Report on vaccination in Madras 1922-1929 - 1922-1929
Year: 1922
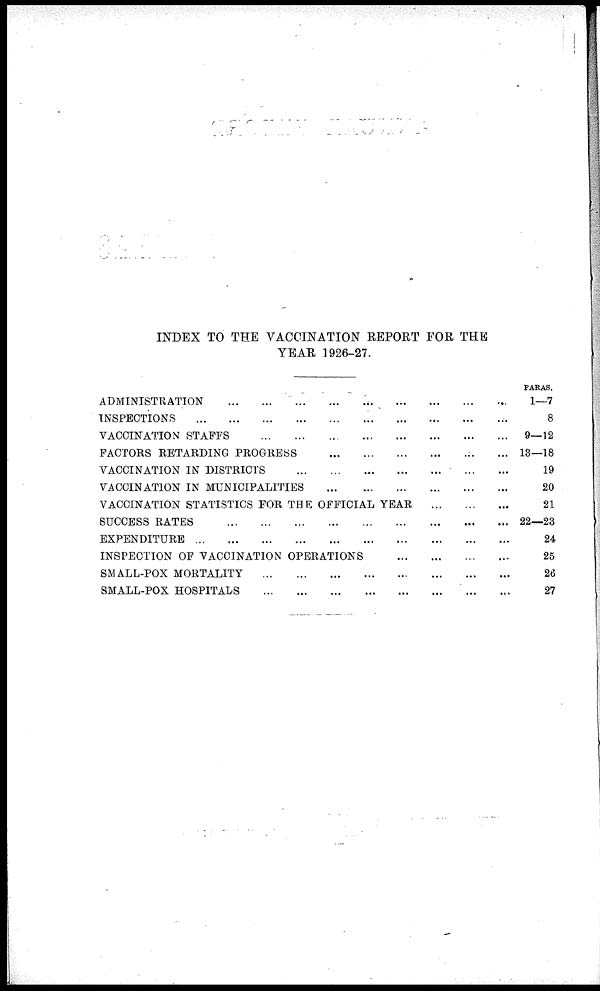
INDEX TO THE VACCINATION REPORT FOR THE
YEAR 1926-27.
ADMINISTRATION ... ... ... ... ... ... ... ... ...
INSPECTIONS
...
...
...
...
...
...
...
...
...
...
VACCINATION STAFFS ... ... ... ... ... ... ... ...
FACTORS RETARDING PROGRESS ... ... ... ... ... ...
VACCINATION IN DISTRICTS ... ... ... ... ... ... ...
VACCINATION IN MUNICIPALITIES ... ... ... ... ... ...
VACCINATION STATISTICS FOR THE OFFICIAL YEAR
...
...
...
SUCCESS RATES
...
...
...
...
...
...
...
...
...
EXPENDITURE
...
...
...
...
...
...
...
...
...
...
INSPECTION OF VACCINATION OPERATIONS
...
...
...
...
SMALL-POX MORTALITY
...
...
...
...
...
...
...
...
...
SMALL-POX HOSPITALS
...
...
...
...
...
...
...
...
...
PARAS.
1—7
8
9—12
13—18
19
20
21
22—23
24
25
26
27